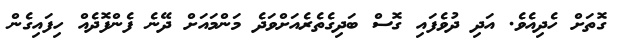
ގޮތަށް ހެދިއެވެ. އަދި ދުވެފައި ގޮސް ބަދިގެތެރެއަށްވަދެ މަންމައަށް ދޭނެ ފެންފޮދެއް ހިފައިގެން